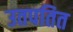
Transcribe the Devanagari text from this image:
उतपतित